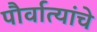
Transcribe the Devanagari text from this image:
पौर्वात्यांचे